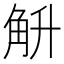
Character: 𮗤